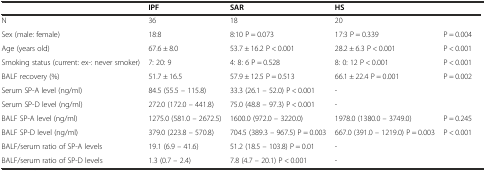
|  | IPF | SAR | HS |  |
 | --- | --- | --- | --- | --- |
 | N | 36 | 18 | 20 |  |
 | Sex (male: female) | 18:8 | 8:10 P = 0.073 | 17:3 P = 0.339 | P = 0.004 |
 | Age (years old) | 67.6 ± 8.0 | 53.7 ± 16.2 P < 0.001 | 28.2 ± 6.3 P < 0.001 | P < 0.001 |
 | Smoking status (current: ex-: never smoker) | 7: 20: 9 | 4: 8: 6 P = 0.528 | 8: 0: 12 P < 0.001 | P < 0.001 |
 | BALF recovery (%) | 51.7 ± 16.5 | 57.9 ± 12.5 P = 0.513 | 66.1 ± 22.4 P = 0.001 | P = 0.002 |
 | Serum SP-A level (ng/ml) | 84.5 (55.5 – 115.8) | 33.3 (26.1 – 52.0) P < 0.001 | - |  |
 | Serum SP-D level (ng/ml) | 272.0 (172.0 – 441.8) | 75.0 (48.8 – 97.3) P < 0.001 | - |  |
 | BALF SP-A level (ng/ml) | 1275.0 (581.0 – 2672.5) | 1600.0 (972.0 – 3220.0) | 1978.0 (1380.0 – 3749.0) | P = 0.245 |
 | BALF SP-D level (ng/ml) | 379.0 (223.8 – 570.8) | 704.5 (389.3 – 967.5) P = 0.003 | 667.0 (391.0 – 1219.0) P = 0.003 | P < 0.001 |
 | BALF/serum ratio of SP-A levels | 19.1 (6.9 – 41.6) | 51.2 (18.5 – 103.8) P = 0.01 | - |  |
 | BALF/serum ratio of SP-D levels | 1.3 (0.7 – 2.4) | 7.8 (4.7 – 20.1) P < 0.001 | - |  |